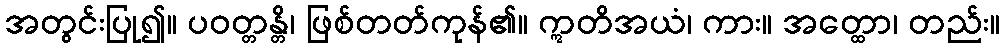
အတွင်းပြု၍။ ပဝတ္တန္တိ၊ ဖြစ်တတ်ကုန်၏။ ဣတိအယံ၊ ကား။ အတ္ထော၊ တည်း။